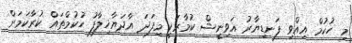
މި ހުކުމް އިއްވި ފަނޑިޔާރު އަވިނީޝް ކުމާރަކީ މިފަދަ އާދަޔާޚިލާފު ހުކުމްތައް ކުރާކަމަށް